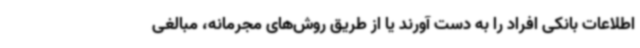
اطلاعات بانکی افراد را به دست آورند یا از طریق روش‌های مجرمانه، مبالغی